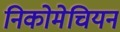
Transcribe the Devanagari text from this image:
निकोमेचियन